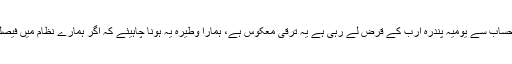
انہوں نے کہا کہ حکومت گزشتہ پانچ مہینے میں روزمرہ کے حساب سے یومیہ پندرہ ارب کے قرض لے رہی ہے یہ ترقی معکوس ہے، ہمارا وطیرہ یہ ہونا چاہیئے کہ اگر ہمارے نظام میں فیصلہ کن قوت عوام کا ووٹ ہے تو ہمیں قوم کو اعتماد میں لینا ہوگا۔